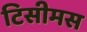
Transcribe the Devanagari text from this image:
टिसीमस